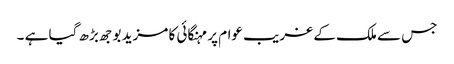
جس سے ملک کے غریب عوام پر مہنگائی کا مزید بوجھ بڑھ گیا ہے ۔